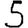
Digit: 5